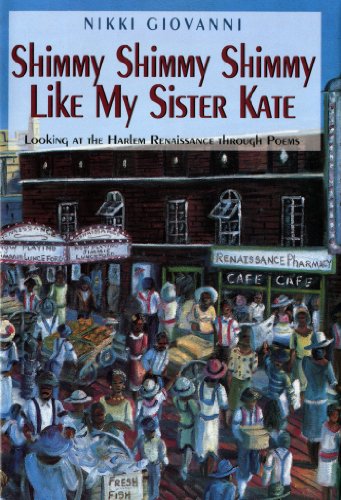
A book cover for Shimmy Shimmy Shimmy Like My Sister Kate: Looking At The Harlem Renaissance Through Poems; Nikki Giovanni; Teen & Young Adult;